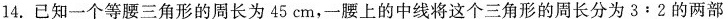
14.已知一个等腰三角形的周长为45cm。一腰上的中线将这个三角形的周长分为3﹔2的两部